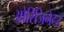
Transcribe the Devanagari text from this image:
ओरिजिनेटर